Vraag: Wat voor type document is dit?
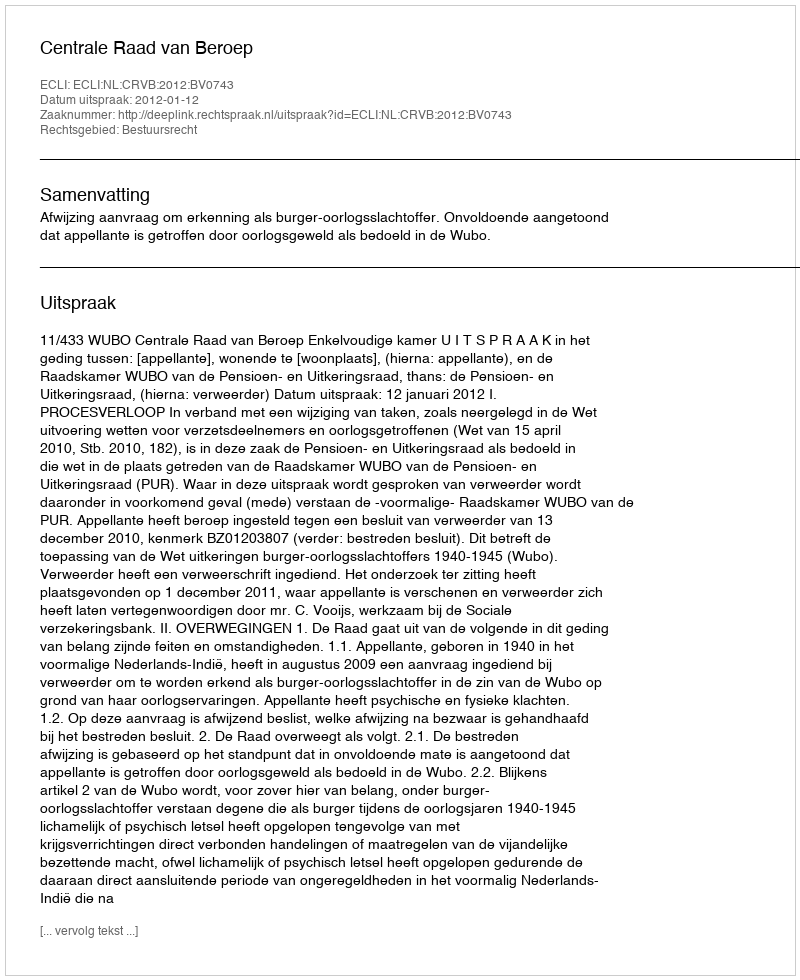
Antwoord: Uitspraak